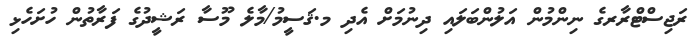
ރަޖިސްޓްރާރގެ ނިންމުން އަލުންބަލައި ދިނުމަށް އެދި މ.ޤަސީމު/މާލެ މޫސާ ރަޝީދުގެ ފަރާތުން ހުށަހެޅި